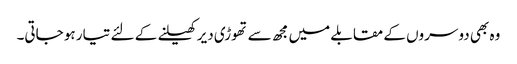
وہ بھی دوسروں کے مقابلے میں مجھ سے تھوڑی دیر کھیلنے کے لئے تیار ہو جاتی۔